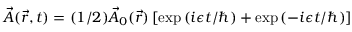
\vec { A } ( \vec { r } , t ) = ( 1 / 2 ) \vec { A } _ { 0 } ( \vec { r } ) \left[ \exp \left( i \epsilon t / \hbar \right) + \exp \left( - i \epsilon t / \hbar \right) \right]